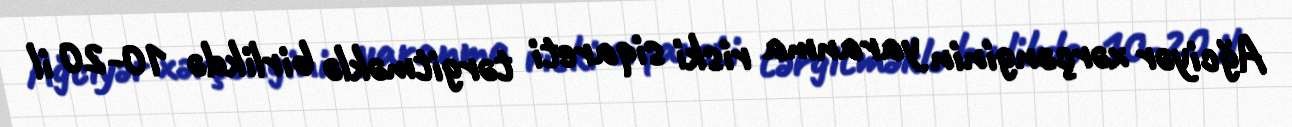
Ağciyər xərçənginin yaranma riski siqareti tərgitməklə birlikdə 10-20 il